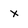
Character: x